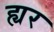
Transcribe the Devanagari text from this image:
ह्यर